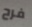
فرح